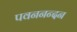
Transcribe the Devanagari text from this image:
पवननन्दन